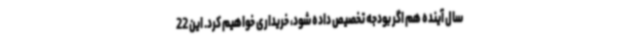
سال آینده هم اگر بودجه تخصیص داده شود، خریداری خواهیم کرد. این 22